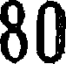
80